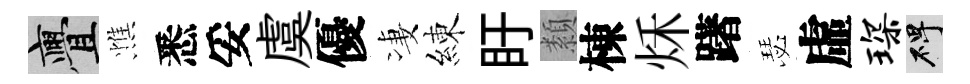
亹憔悉妥虞優凄練盱纇棟秌躇瑟虛琛碑